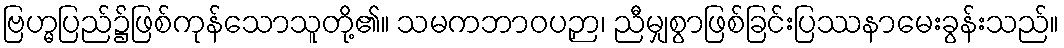
ဗြဟ္မပြည်၌ဖြစ်ကုန်သောသူတို့၏။ သမကဘာဝပဉှာ၊ ညီမျှစွာဖြစ်ခြင်းပြဿနာမေးခွန်းသည်။